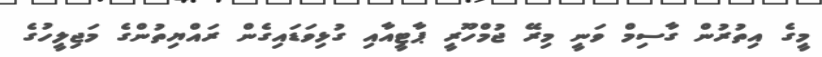
މީގެ އިތުރުން ގާސިމް ވަނީ މިރޭ ޖުމްހޫރީ ޕާޓީއާއި ގުޅިވަޑައިގެން ރައްޔިތުންގެ މަޖިލީހުގެ